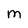
Character: M